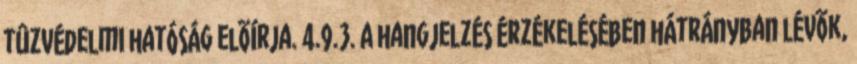
tûzvédelmi hatóság elõírja. 4.9.3. A hangjelzés érzékelésében hátrányban lévõk,